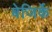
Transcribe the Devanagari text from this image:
बेजिर्के